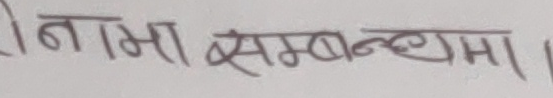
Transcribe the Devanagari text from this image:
नाभा सम्बन्धमा